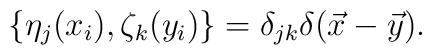
\{\eta_j(x_i),\zeta_k(y_i)\}=\delta_{jk}\delta (\vec x-\vec y).